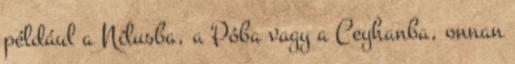
például a Nílusba, a Póba vagy a Ceyhanba, onnan